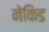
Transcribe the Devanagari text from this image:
नेकिड